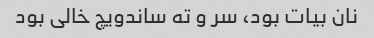
نان بیات بود، سر و ته ساندویچ خالی بود